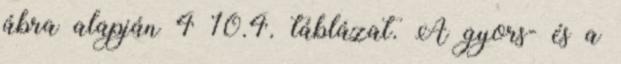
ábra alapján 4 10.4. táblázat. A gyors- és a